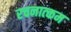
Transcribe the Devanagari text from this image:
रचनात्‍कम